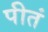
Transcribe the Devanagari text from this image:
पीतं